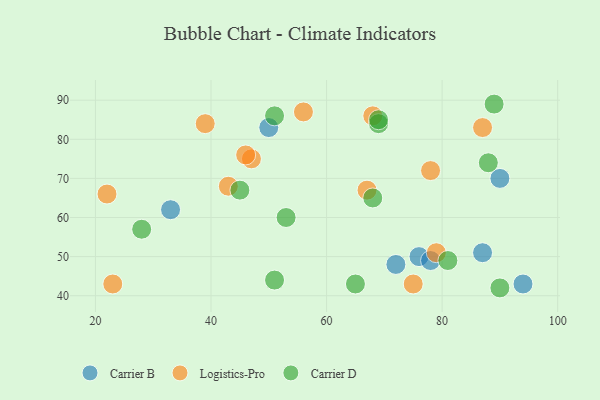
{"axis": {"x": "GDP", "y": "Life Expectancy"}, "legend": ["Carrier B", "Carrier D", "Logistics-Pro"], "data": [{"x": "94", "y": 43, "type": "Carrier B"}, {"x": "76", "y": 50, "type": "Carrier B"}, {"x": "72", "y": 48, "type": "Carrier B"}, {"x": "78", "y": 49, "type": "Carrier B"}, {"x": "50", "y": 83, "type": "Carrier B"}, {"x": "90", "y": 70, "type": "Carrier B"}, {"x": "87", "y": 51, "type": "Carrier B"}, {"x": "33", "y": 62, "type": "Carrier B"}, {"x": "68", "y": 86, "type": "Logistics-Pro"}, {"x": "78", "y": 72, "type": "Logistics-Pro"}, {"x": "43", "y": 68, "type": "Logistics-Pro"}, {"x": "47", "y": 75, "type": "Logistics-Pro"}, {"x": "87", "y": 83, "type": "Logistics-Pro"}, {"x": "46", "y": 76, "type": "Logistics-Pro"}, {"x": "79", "y": 51, "type": "Logistics-Pro"}, {"x": "67", "y": 67, "type": "Logistics-Pro"}, {"x": "22", "y": 66, "type": "Logistics-Pro"}, {"x": "23", "y": 43, "type": "Logistics-Pro"}, {"x": "39", "y": 84, "type": "Logistics-Pro"}, {"x": "75", "y": 43, "type": "Logistics-Pro"}, {"x": "56", "y": 87, "type": "Logistics-Pro"}, {"x": "69", "y": 84, "type": "Carrier D"}, {"x": "90", "y": 42, "type": "Carrier D"}, {"x": "51", "y": 44, "type": "Carrier D"}, {"x": "88", "y": 74, "type": "Carrier D"}, {"x": "45", "y": 67, "type": "Carrier D"}, {"x": "53", "y": 60, "type": "Carrier D"}, {"x": "89", "y": 89, "type": "Carrier D"}, {"x": "68", "y": 65, "type": "Carrier D"}, {"x": "51", "y": 86, "type": "Carrier D"}, {"x": "69", "y": 85, "type": "Carrier D"}, {"x": "65", "y": 43, "type": "Carrier D"}, {"x": "81", "y": 49, "type": "Carrier D"}, {"x": "28", "y": 57, "type": "Carrier D"}]}